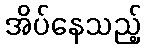
အိပ်နေသည့်